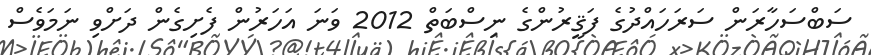
ސަބްސަހާރަން ސަރަހައްދުގެ ފަޤީރުންގެ ނިސްބަތް 2012 ވަނަ އަހަރުން ފެށިގެން ދަށްވި ނަމަވެސް